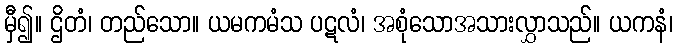
မှီ၍။ ဌိတံ၊ တည်သော။ ယမကမံသ ပဋလံ၊ အစုံသောအသားလွှာသည်။ ယကနံ၊